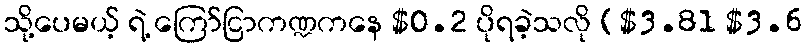
သို့ပေမယ့် ရဲ့ ကြော်ငြာကဏ္ဍကနေ $0.2 ပိုရခဲ့သလို ($3.81 $3.6